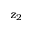
z _ { 2 }